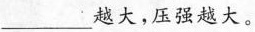
________越大，压强越大。